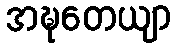
အဍ္ဎတေယျာ